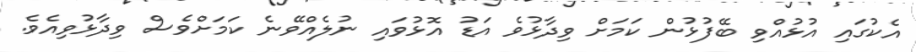
އެކުގައި އުޅުއްވި ބޭފުޅުން ކަމަށް ވިދާޅުވެ އަޑު އޮޅުވައި ނުލެއްވޭނެ ކަމަށްވެސް ވިދާޅުވިއެވެ.